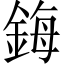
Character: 鋂